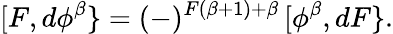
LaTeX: [F,d\phi^{\beta}\} =(-)^{F(\beta+1)+\beta}\, [\phi^{\beta},dF\} .